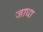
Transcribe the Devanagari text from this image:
जाधा